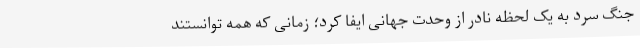
جنگ سرد به یک لحظه نادر از وحدت جهانی ایفا کرد؛ زمانی که همه توانستند